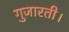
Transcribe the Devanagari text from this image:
गुजारती।